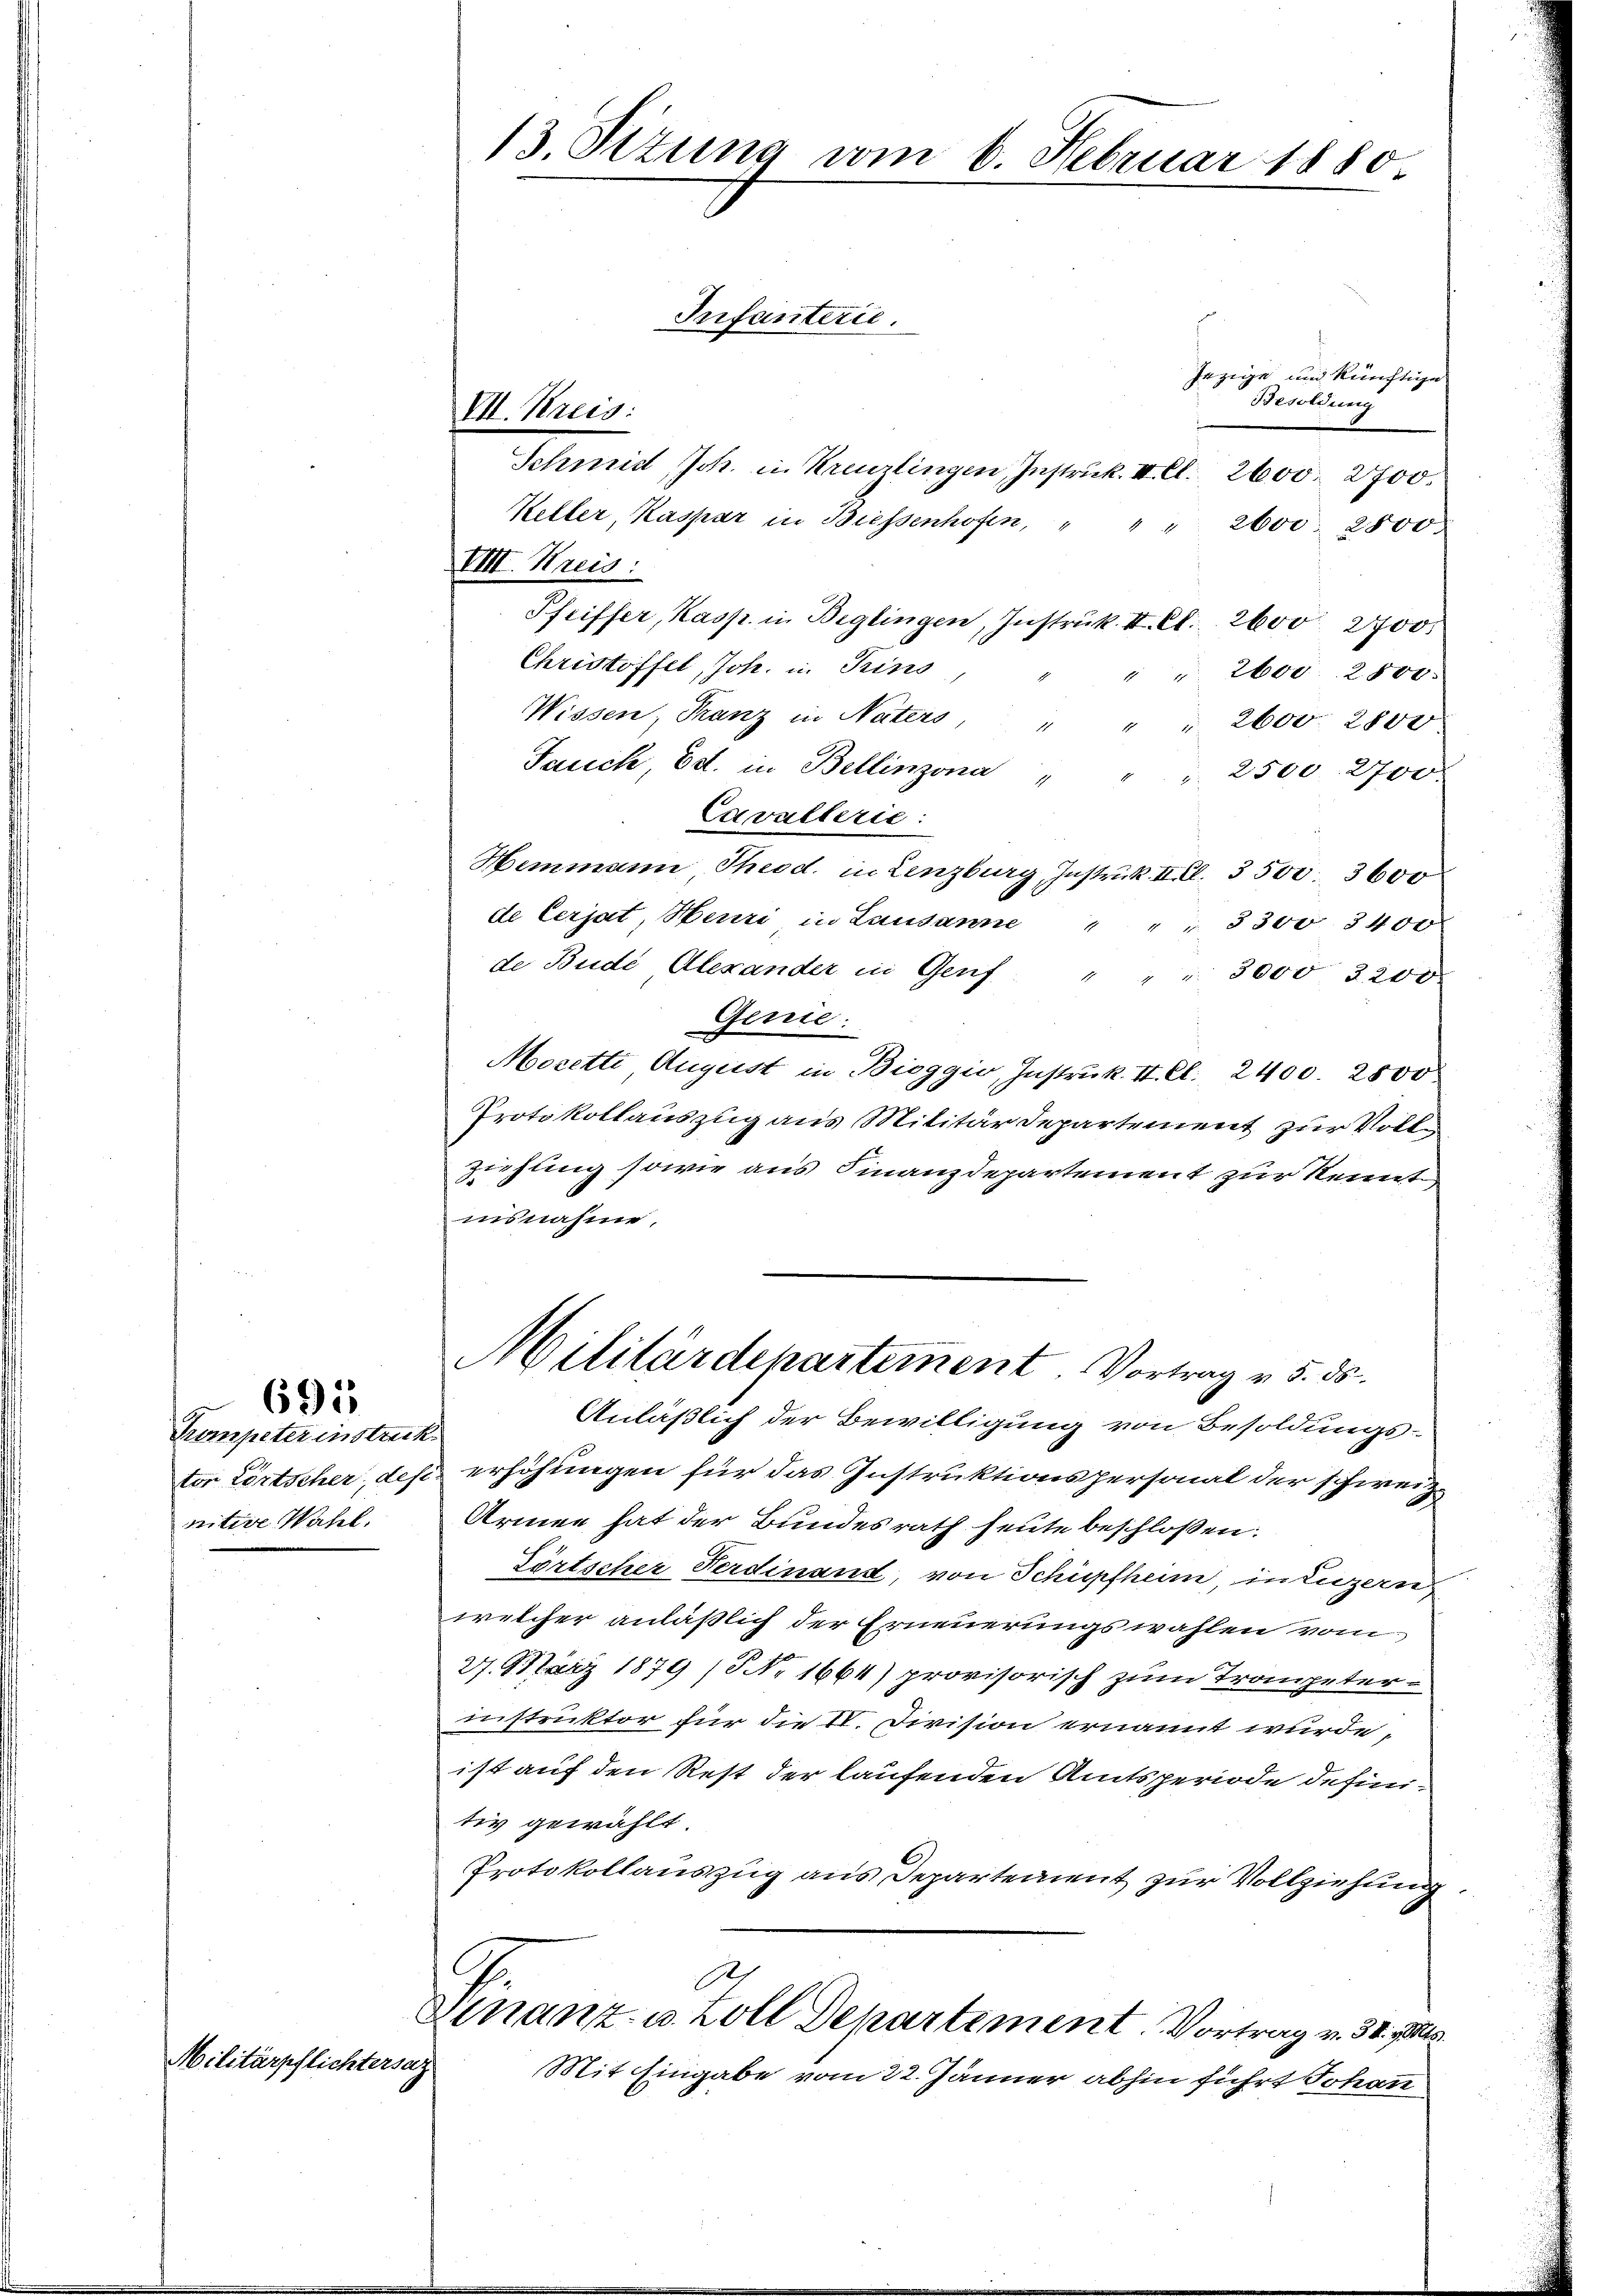
6915

Trompeter in streck
ter Lörtscher, desi
vitive Wahl.

Militärpflichtersag

13. Sizung vom 6. Februar 1880

VII. Kreis:

Schmid Ich. in Kreuzlingen Instruck. II. Cl. 2600. 2700.
Keller, Kaspar in Biesenhofen, " " " 2600. 2800.
VIII. Kreis:
Pfeiffer, Kasp. in Beglingen, Instruk II. Cl. 2600 2700.
Christoffel, Joh. u. Trins
" " 2600. 2801:
Wissen, Franz in Naters, " " " 2600. 2800
Jauch, Ed. in Bellinzona " " " 2500. 2700
Cavallerie:
Hemmann Theod. in Lenzburg, Instruck. II. Cl. 3500. 3600
de Cerjat, Henri in Lausanne " " " 8300 3400
de Bude Alexander in Genf " " " 3000 3200
Gerrie
Morette August in Bieggio, Instruk. II. Cl. 2400. 2500
Protokollauszug aus Militärdepartement zur Volke
ziehung sowie aus Finanzdepartement zur Kennt
A
insnahme,
Militärdepartement. Vortrag v. 5. ds.
Anläßlich der Bewilligung von Besoldungs-
erhöhungen für das Instruktionspersonal der schweiz.
Armee hat der Bundesrath heute beschlossen:
Törtscher Ferdinand, von Schüpfheim in Luzern
welcher anläßlich der Erneuerungswahlen vom
27. März 1879 (Nr 1664) provisorisch zum Trompeterinstruktor für die IV. Division ernannt wurde,
ist auf den Rest der laufenden Amtsperiode definitiv gewählt.
Protokollauszug aus Departement zur Vollziehung
Jer
Finanz- u. Zoll Departement. Vortrag v. 30. Mts.
Mit Eingabe vom 22. Jänner abhin führt Johann

Infanterie.

Jezige und künftige
Besoldung